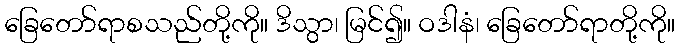
ခြေတော်ရာစသည်တို့ကို။ ဒိသွာ၊ မြင်၍။ ဝဒါနံ၊ ခြေတော်ရာတို့ကို။